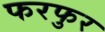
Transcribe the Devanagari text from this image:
फरफुर